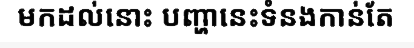
មកដល់នោះ បញ្ហានេះទំនងកាន់តែ